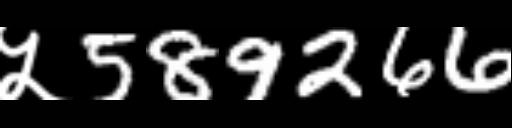
Text: ५589266